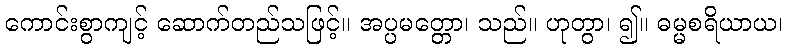
ကောင်းစွာကျင့် ဆောက်တည်သဖြင့်။ အပ္ပမတ္တော၊ သည်။ ဟုတွာ၊ ၍။ ဓမ္မစရိယာယ၊